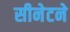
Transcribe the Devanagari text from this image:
सीनेटने